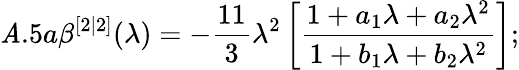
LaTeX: \mathit{A}.5a\beta^{[2|2]}(\lambda)=-\frac{{11}}{{3}}\lambda^{2}\left[\frac{{1+a_{1}\lambda+a_{2}\lambda^{2}}}{{1+b_{1}\lambda+b_{2}\lambda^{2}}}\right];